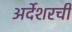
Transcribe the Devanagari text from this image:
अर्देशरची